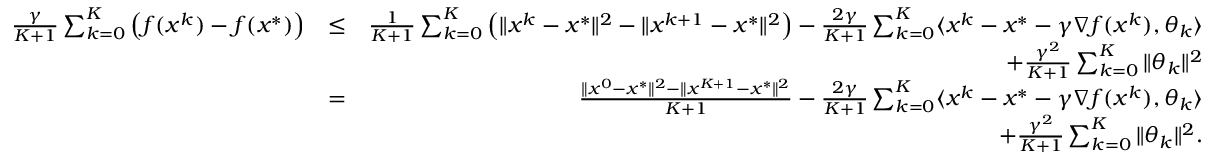
\begin{array} { r l r } { \frac { \gamma } { K + 1 } \sum _ { k = 0 } ^ { K } \left( f ( x ^ { k } ) - f ( x ^ { * } ) \right) } & { \leq } & { \frac { 1 } { K + 1 } \sum _ { k = 0 } ^ { K } \left( \| x ^ { k } - x ^ { * } \| ^ { 2 } - \| x ^ { k + 1 } - x ^ { * } \| ^ { 2 } \right) - \frac { 2 \gamma } { K + 1 } \sum _ { k = 0 } ^ { K } \langle x ^ { k } - x ^ { * } - \gamma \nabla f ( x ^ { k } ) , \theta _ { k } \rangle } \\ & { } & { \quad + \frac { \gamma ^ { 2 } } { K + 1 } \sum _ { k = 0 } ^ { K } \| \theta _ { k } \| ^ { 2 } } \\ & { = } & { \frac { \| x ^ { 0 } - x ^ { * } \| ^ { 2 } - \| x ^ { K + 1 } - x ^ { * } \| ^ { 2 } } { K + 1 } - \frac { 2 \gamma } { K + 1 } \sum _ { k = 0 } ^ { K } \langle x ^ { k } - x ^ { * } - \gamma \nabla f ( x ^ { k } ) , \theta _ { k } \rangle } \\ & { } & { \quad + \frac { \gamma ^ { 2 } } { K + 1 } \sum _ { k = 0 } ^ { K } \| \theta _ { k } \| ^ { 2 } . } \end{array}